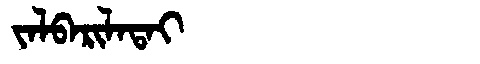
Manchu: ᠵᠠᠯᠪᠠᡵᡳᠯᠠᡨᠠᡳ
Romanization: JALBARILATAI